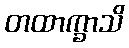
တထာက္ခာသိ